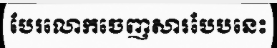
បែរលោកចេញសារបែបនេះ